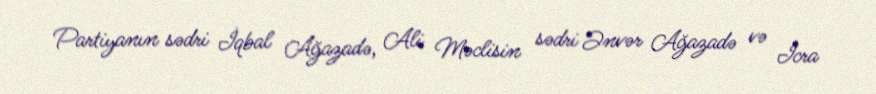
Partiyanın sədri İqbal Ağazadə, Ali Məclisin sədri Ənvər Ağazadə və İcra